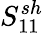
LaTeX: S_{11}^{sh}